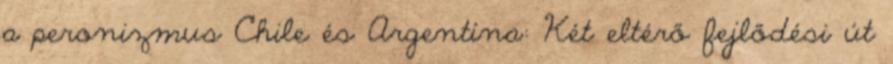
a peronizmus Chile és Argentína: Két eltérő fejlődési út